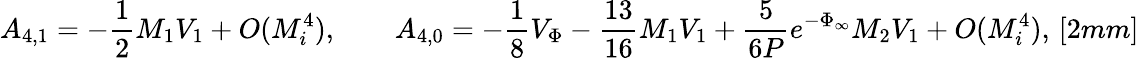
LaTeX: A_{4,1}=-\frac{1}{2}M_{1}V_{1}+O(M_{i}^{4}),\qquad A_{4,0}=-\frac{1}{8}V_{\Phi}-\frac{13}{16}M_{1}V_{1}+\frac{5}{6P}e^{-\Phi_{\infty}}M_{2}V_{1}+O(M_{i}^{4}),\, [2mm]